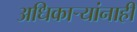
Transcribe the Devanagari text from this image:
अधिकार्‍यांनाही